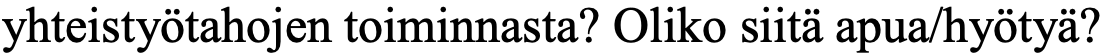
yhteistyötahojen toiminnasta? Oliko siitä apua/hyötyä?